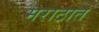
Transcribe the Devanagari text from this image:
मराठात